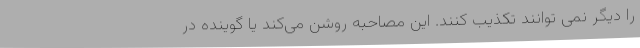
را دیگر نمی توانند تکذیب کنند. این مصاحبه روشن می‌کند یا گوینده در